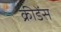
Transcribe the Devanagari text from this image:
क्रीडेंस